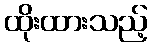
ထိုးထားသည့်